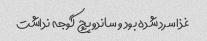
غذا سرد شده بود و ساندویچ گوجه نداشت